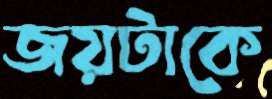
জয়টাকে